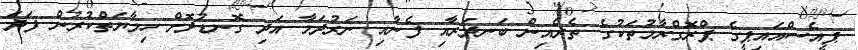
ޕީއެސްއައިޕީގެ ޕްރޮގްރާމުތަކުގެ ތެރެއިން ބަނދަރާއި ފެނާއި ނަރުދަމާ އަދި ގޮނޑުދޮށް ހިމާޔަތްކުރުން ފަދަ